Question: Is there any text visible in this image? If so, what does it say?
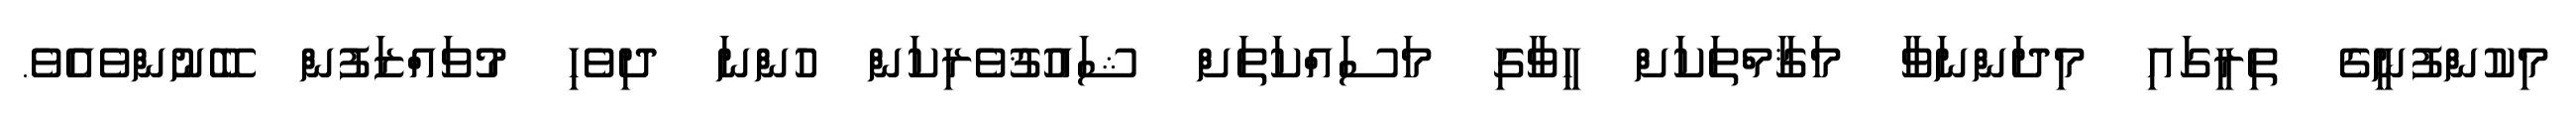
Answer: މިކުންފުނީގެ ތިރީގައި މިދަންނަވާ މަޤާމްތަކަށް ހީވާގި މަސައްކަތަށް ޝައުޤުވެރިކަން ހުންނަ ދިވެހި މުވައްޒަފުން ބޭނުންވެއެވެ.